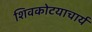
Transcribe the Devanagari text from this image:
शिवकोटयाचार्य